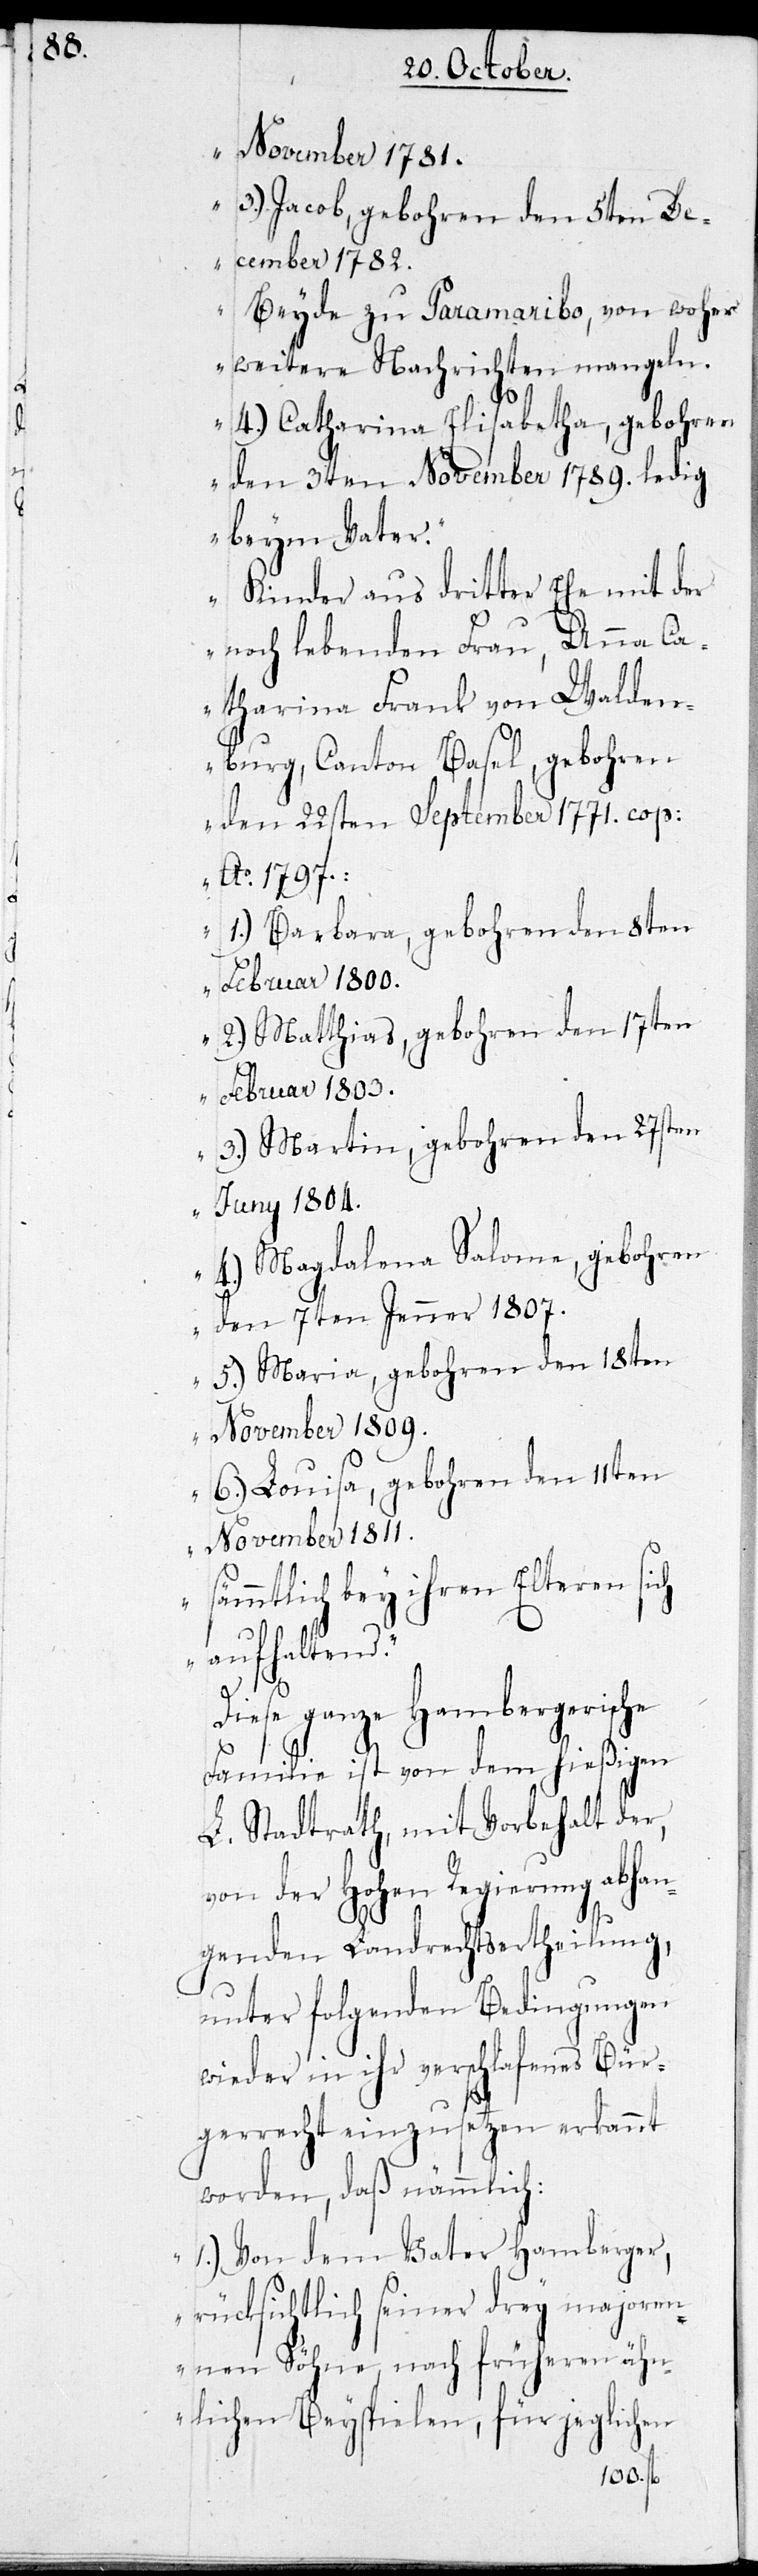
November 1781.
3.) Jacob, gebohren den 5ten De¬
cember 1782.
Beyde zu Paramaribo, von woher
weitere Nachrichten mangeln.
4.) Catharina Elisabetha, gebohren
den 3ten November 1789. ledig,
beym Vater.
Kinder aus dritter Ehe mit der
noch lebenden Frau, Anna Ca¬
tharina Frank von Walden¬
burg, Canton Basel, gebohren
den 22sten September 1771. cop.
Ao 1797.:
1.) Barbara, gebohren den 8ten
Februar 1800.
2.) Matthias, gebohren den 17ten
Februar 1803.
3.) Martin, gebohren den 27sten
Juny 1804.
4.) Magdalena Salome, gebohren
den 7ten Jenner 1807.
5.) Maria, gebohren den 18ten
November 1809.
6.) Louisa, gebohren den 11ten
November 1811.
Sämmtlich bey ihren Elteren sich
aufhaltend.“
Diese ganze Hambergerische
Familie ist von dem hießigen
L. Stadtrath, mit Vorbehalt der,
von der Hohen Regierung abhan¬
genden Landrechtsertheilung,
unter folgenden Bedingungen
wieder in ihr verschlafenes Bür¬
gerrecht einzusetzen erkannt
worden, daß nämlich:
„1.) Von dem Vater Hamberger,
rücksichtlich seiner drey majoren¬
nen Söhne, nach früheren ähn¬
lichen Beyspielen, für jeglichen